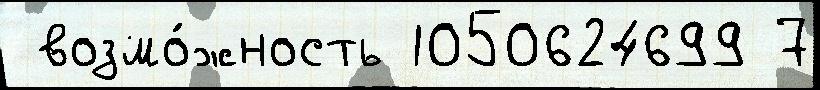
 возмо́жность 1050624699 7